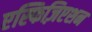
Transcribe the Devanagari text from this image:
एस्फिज़िएशन